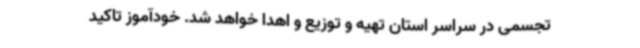
تجسمی در سراسر استان تهیه و توزیع و اهدا خواهد شد. خودآموز تاکید